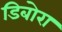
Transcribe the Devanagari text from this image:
डिबोरा